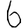
Digit: 6